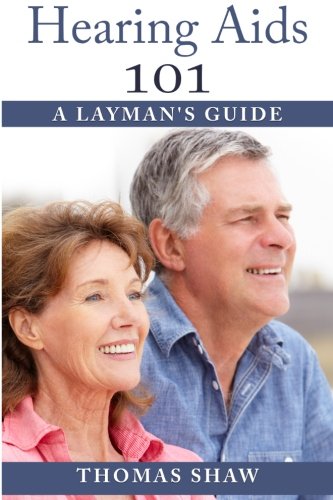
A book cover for Hearing Aids 101: A Layman's Guide; Thomas Shaw; Health, Fitness & Dieting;